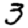
Digit: 3